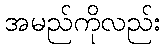
အမည်ကိုလည်း